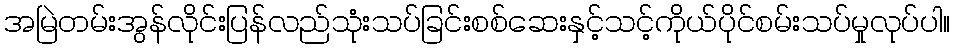
အမြဲတမ်းအွန်လိုင်းပြန်လည်သုံးသပ်ခြင်းစစ်ဆေးနှင့်သင့်ကိုယ်ပိုင်စမ်းသပ်မှုလုပ်ပါ။